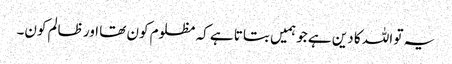
یہ تو اللہ کا دین ہے جو ہمیں بتاتا ہے کہ مظلوم کون تھا اور ظالم کون۔